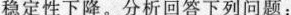
稳定性下降。分析回答下列问题：